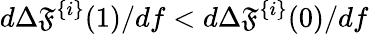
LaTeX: d\Delta\mathfrak{F}^{\{ i\} }(1)/df<d\Delta\mathfrak{F}^{\{ i\} }(0)/df